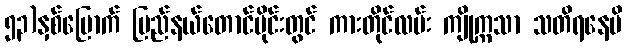
၅၃)နှစ်မြောက် ပြည်နယ်တောင်ပိုင်းတွင် ကားတိုင်လမ်း ကျိုက္ကသာ သတိရနေမိ